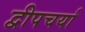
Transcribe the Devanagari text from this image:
द्वीपचर्या